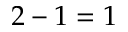
2 - 1 = 1